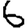
Digit: 6